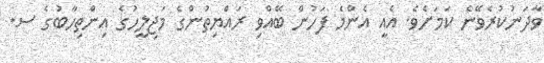
ވާދަނުކުރެވޭނެ ކަމަށެވެ. އެއީ އެންމެ ފަހުން ބޭއްވި ރައްޔިތުންގެ މަޖިލީހުގެ އިންތިހާބުގެ ސ.